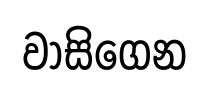
වාසිගෙන